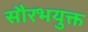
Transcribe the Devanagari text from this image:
सौरभयुक्त